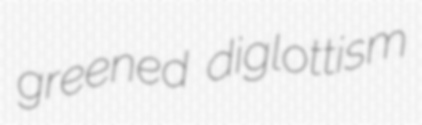
greened diglottism